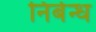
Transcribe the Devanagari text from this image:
निर्बन्ध